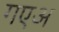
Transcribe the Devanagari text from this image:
गएअ